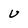
Character: U